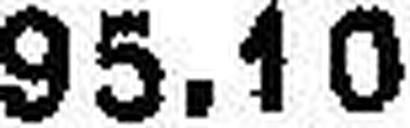
95.10